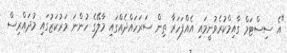
"އެ ސިސްޓަމް ގާއިމްކުރެވުނީމައި އެއްފަހަރާ ތިން ސަރަހައްދެއްގައި މާލޭގެ ހުންނަ މަރުކަޒުގައި މުދައްރިސް